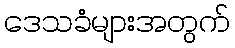
ဒေသခံများအတွက်